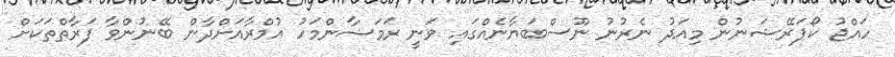
ހައްޖު ކޯޕަރޭޝަނުން މިއަދު ނެރުނު ނޫސްބަޔާނެއްގައި ވަނީ ރަމަޟާންމަހު އުމްރާއަށްދާން ބޭނުންވާ ފަރާތްތަކަށް